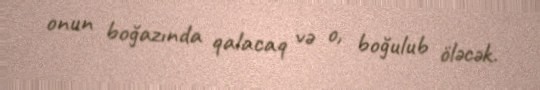
onun boğazında qalacaq və o, boğulub öləcək.